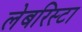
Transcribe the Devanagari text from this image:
लेबरिस्टा